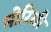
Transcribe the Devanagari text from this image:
मोरिसी